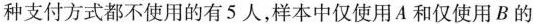
种支付方式都不使用的有5人，样本中仅使用A和仅使用B的